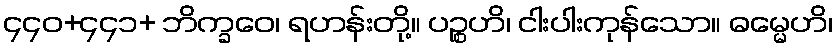
၄၄၀+၄၄၁+ ဘိက္ခဝေ၊ ရဟန်းတို့။ ပဉ္စဟိ၊ ငါးပါးကုန်သော။ ဓမ္မေဟိ၊